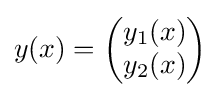
y(x)={\begin{pmatrix}y_{1}(x)\\y_{2}(x)\end{pmatrix}}